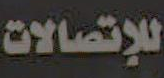
للإتصالات